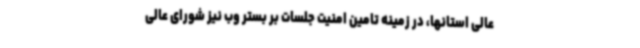
عالی استانها، در زمینه تامین امنیت جلسات بر بستر وب نیز شورای عالی